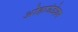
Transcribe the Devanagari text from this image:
ओहाऊंडेशन